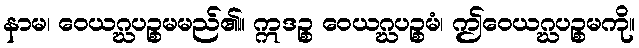
နာမ၊ ဝေယဂ္ဃပဉ္စမမည်၏။ ဣဒဉ္စ ဝေယဂ္ဃပဉ္စမံ၊ ဤဝေယဂ္ဃပဉ္စမကို။